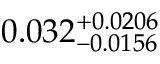
0 . 0 3 2 _ { - 0 . 0 1 5 6 } ^ { + 0 . 0 2 0 6 }